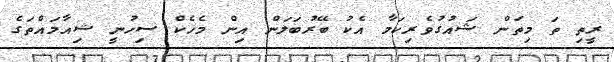
ރީތި ތަ މިތަން ޝައުގުވެރިކަމާ އެކު ބޭރުބަލަން އިން މެހެކް ސިހުނީ ޝިއާމައްތަގެ